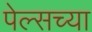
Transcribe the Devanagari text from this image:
पेल्सच्या